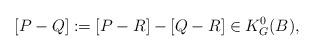
LaTeX: \begin{align*}[P-Q]:=[P-R]-[Q-R]\in K_G^0(B),\end{align*}